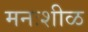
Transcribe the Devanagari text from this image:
मनःशीळ